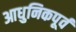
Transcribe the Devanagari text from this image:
आधुनिकपूर्व